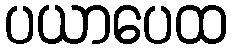
ပယာပေထ